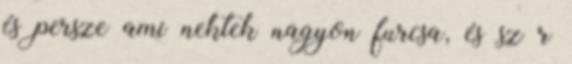
és persze ami nektek nagyon furcsa, és sz r